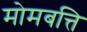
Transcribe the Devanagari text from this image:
मोमबत्ति